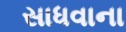
સાધવાના